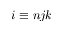
i \equiv n j k